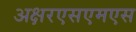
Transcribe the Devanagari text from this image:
अक्षरएसएमएस